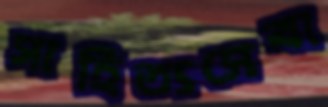
সাহিত্যসেবা